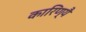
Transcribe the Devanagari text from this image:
कारिण्यै